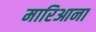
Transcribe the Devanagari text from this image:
मारिआना